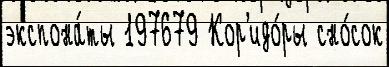
экспона́ты 197679 Кор'идо́ры сно́сок